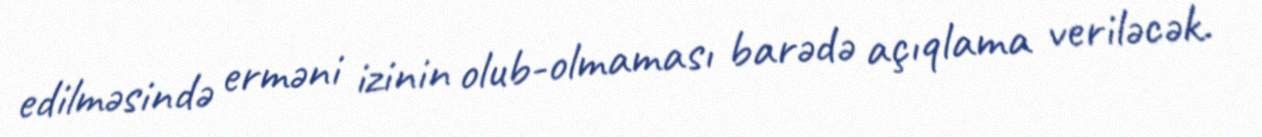
edilməsində erməni izinin olub-olmaması barədə açıqlama veriləcək.